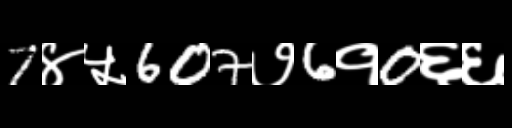
Text: 7४५607७6१0६६